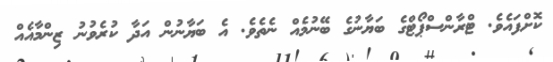
ކޮށްފައެވެ. ޓްރާންސްޕޯޓްގެ ބަޔާނުގެ ބޭނުމެއް ނެތެވެ. އެ ބަޔާނުން އަދާ ކުރެވުނު ޒިންމާއެއް